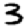
Digit: 3